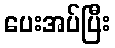
ပေးအပ်ပြီး